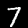
Digit: 7